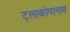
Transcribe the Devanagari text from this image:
ट्लाकोपानास